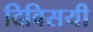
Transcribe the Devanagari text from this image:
दिविसयी